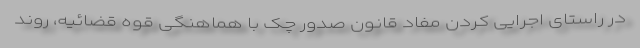
در راستای اجرایی کردن مفاد قانون صدور چک با هماهنگی قوه قضائیه، روند